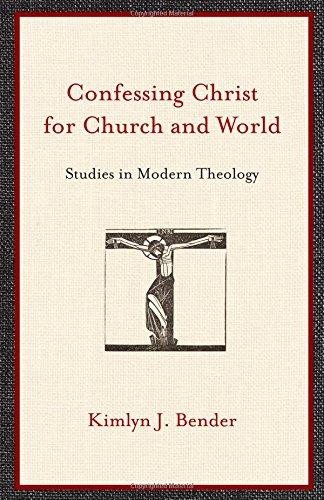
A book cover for Confessing Christ for Church and World: Studies in Modern Theology; Kimlyn J. Bender; Christian Books & Bibles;